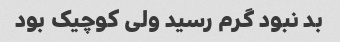
بد نبود گرم رسید ولی کوچیک بود